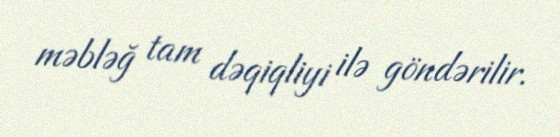
məbləğ tam dəqiqliyi ilə göndərilir.